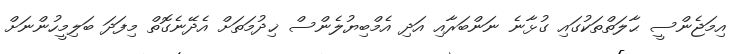
އިމަޖެންސީ ޙާލަތްތަކުގައި ގުޅާނެ ނަންބަރާއި އަދި އެމްބިޔުލެންސް ޚިދުމަތަށް އެދޭނެގޮތް މިފަދަ ބަލިމީހުންނަށް